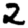
Digit: 2